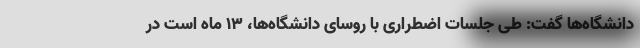
دانشگاه‌ها گفت: طی جلسات اضطراری با روسای دانشگاه‌ها، ۱۳ ماه است در